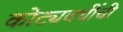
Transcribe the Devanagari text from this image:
कोट्यवधींची